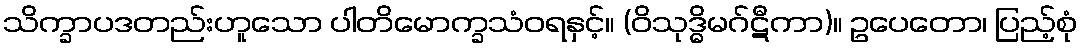
သိက္ခာပဒတည်းဟူသော ပါတိမောက္ခသံဝရနှင့်။ (ဝိသုဒ္ဓိမဂ်ဋီကာ)။ ဥပေတော၊ ပြည့်စုံ